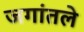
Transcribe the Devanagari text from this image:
जगांतले